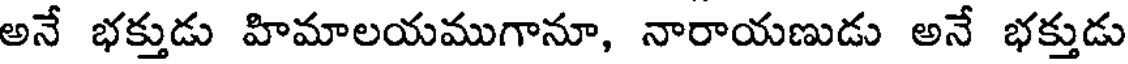
అనే భక్తుడు హిమాలయముగానూ, నారాయణుడు అనే భక్తుడు